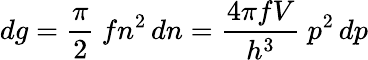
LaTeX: dg={\frac{\pi}{2}}~fn^{2}\, dn={\frac{4\pi fV}{h^{3}}}~p^{2}\, dp